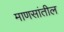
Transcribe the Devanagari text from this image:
माणसांतील